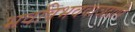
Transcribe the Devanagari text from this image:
भवविभववाञ्छापि